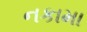
નકામા